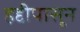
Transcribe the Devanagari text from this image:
हद्दीपासून